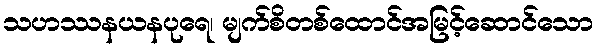
သဟဿနယနပုရေ၊ မျက်စိတစ်ထောင်အမြင့်ဆောင်သော